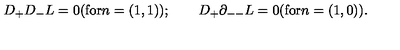
D _ { + } D _ { - } L = 0 ( \mathrm { f o r } n = ( 1 , 1 ) ) ; \qquad D _ { + } \partial _ { -- } L = 0 { } ( \mathrm { f o r } n = ( 1 , 0 ) ) .